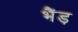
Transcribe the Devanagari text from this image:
भैंड़